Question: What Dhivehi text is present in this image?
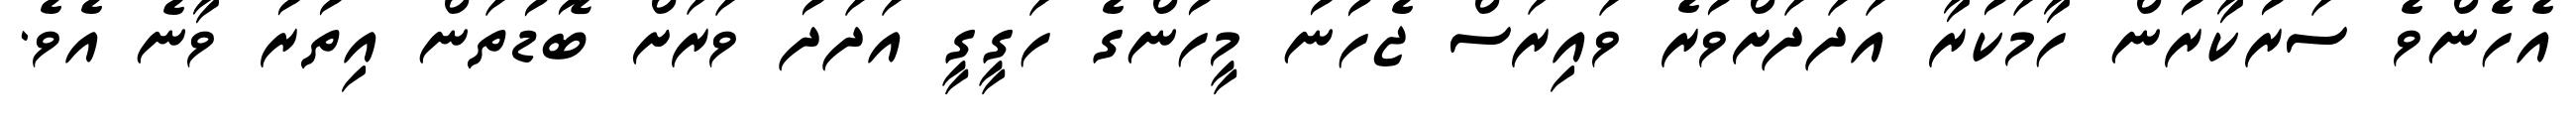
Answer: އެހެންވެ ސަރުކާރުން ހާމަކުރާ އަދަދަށްވުރެ ވައިރަސް ޖެހުނު މީހުންގެ ހަގީގީ އަދަދު ވަރަށް ބޮޑުތަން އިތުރު ވާނެ އެވެ.